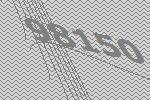
98150